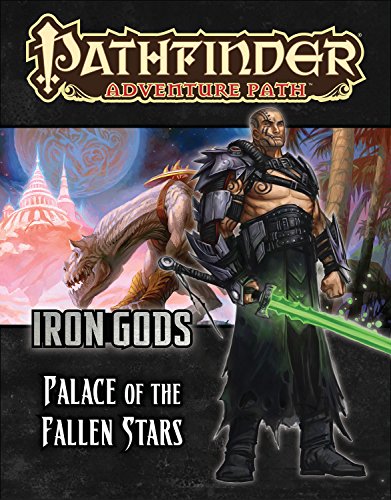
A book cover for Pathfinder Adventure Path: Iron Gods Part 5 - Palace of Fallen Stars; Benjamin Bruck; Science Fiction & Fantasy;